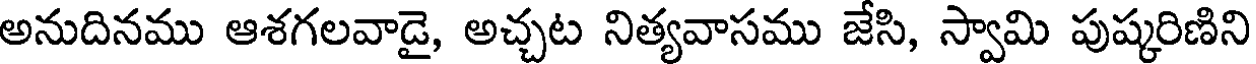
అనుదినము ఆశగలవాడై, అచ్చట నిత్యవాసము జేసి, స్వామి పుష్కరిణిని